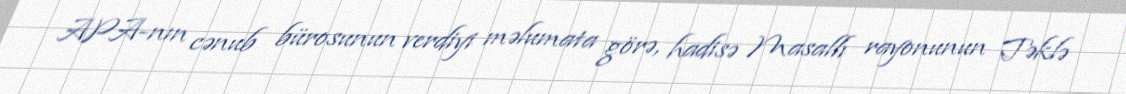
APA-nın cənub bürosunun verdiyi məlumata görə, hadisə Masallı rayonunun Təklə